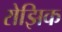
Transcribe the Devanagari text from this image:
रोझिक